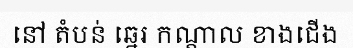
នៅ តំបន់ ឆ្នេរ កណ្តាល ខាងជើង